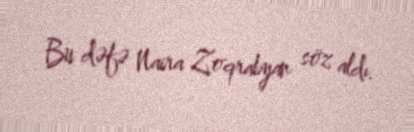
Bu dəfə Naira Zoqrabyan söz aldı.